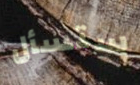
ستسأل